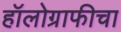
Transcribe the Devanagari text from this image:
हॉलोग्राफीचा